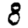
Digit: 8